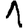
Digit: 1